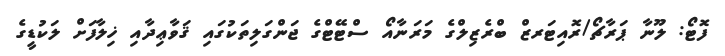
ފޮޓޯ: ލޫނާ ޕަރާޗޯ/ރޮއިޓަރޒް ބްރެޒިލްގެ މަރަނާއޯ ސްޓޭޓްގެ ޖަންގަލިތަކުގައި ޤަވާޢިދާއި ޚިލާފަށް ލަކުޑީގެ